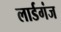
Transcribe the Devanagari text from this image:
लार्डगंज